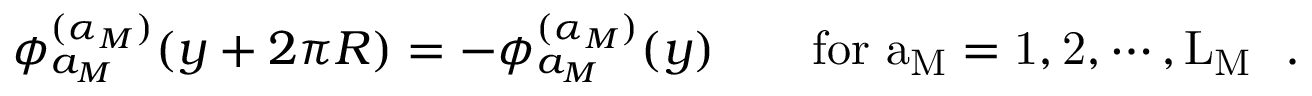
\phi _ { a _ { M } } ^ { ( \alpha _ { M } ) } ( y + 2 \pi R ) = - \phi _ { a _ { M } } ^ { ( \alpha _ { M } ) } ( y ) \qquad \mathrm { f o r ~ a _ { M } = 1 , 2 , \cdots , L _ { M } ~ } \ .